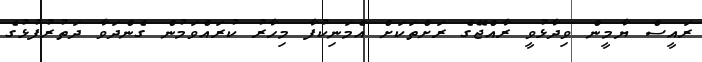
ރައީސް ޔާމީން ވިދާޅުވީ ރާއްޖޭގެ ރަށްތަކަށް އެމަނިކުފާ މިހާރު ކުރައްވަމުން ގެންދަވާ ދަތުރުފުޅުގެ